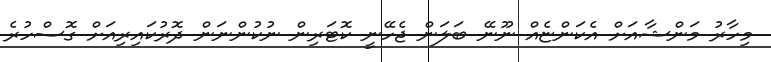
މިހާރު މަންޝާއަށް އެކަންޏެއް ނޫނޭ ބަލަން ޖެހޭނީ ކޮޓަރިން ނުކުންނަން ދޮރުކައިރިއަށް ގޮސްހުރެ